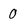
Character: 0